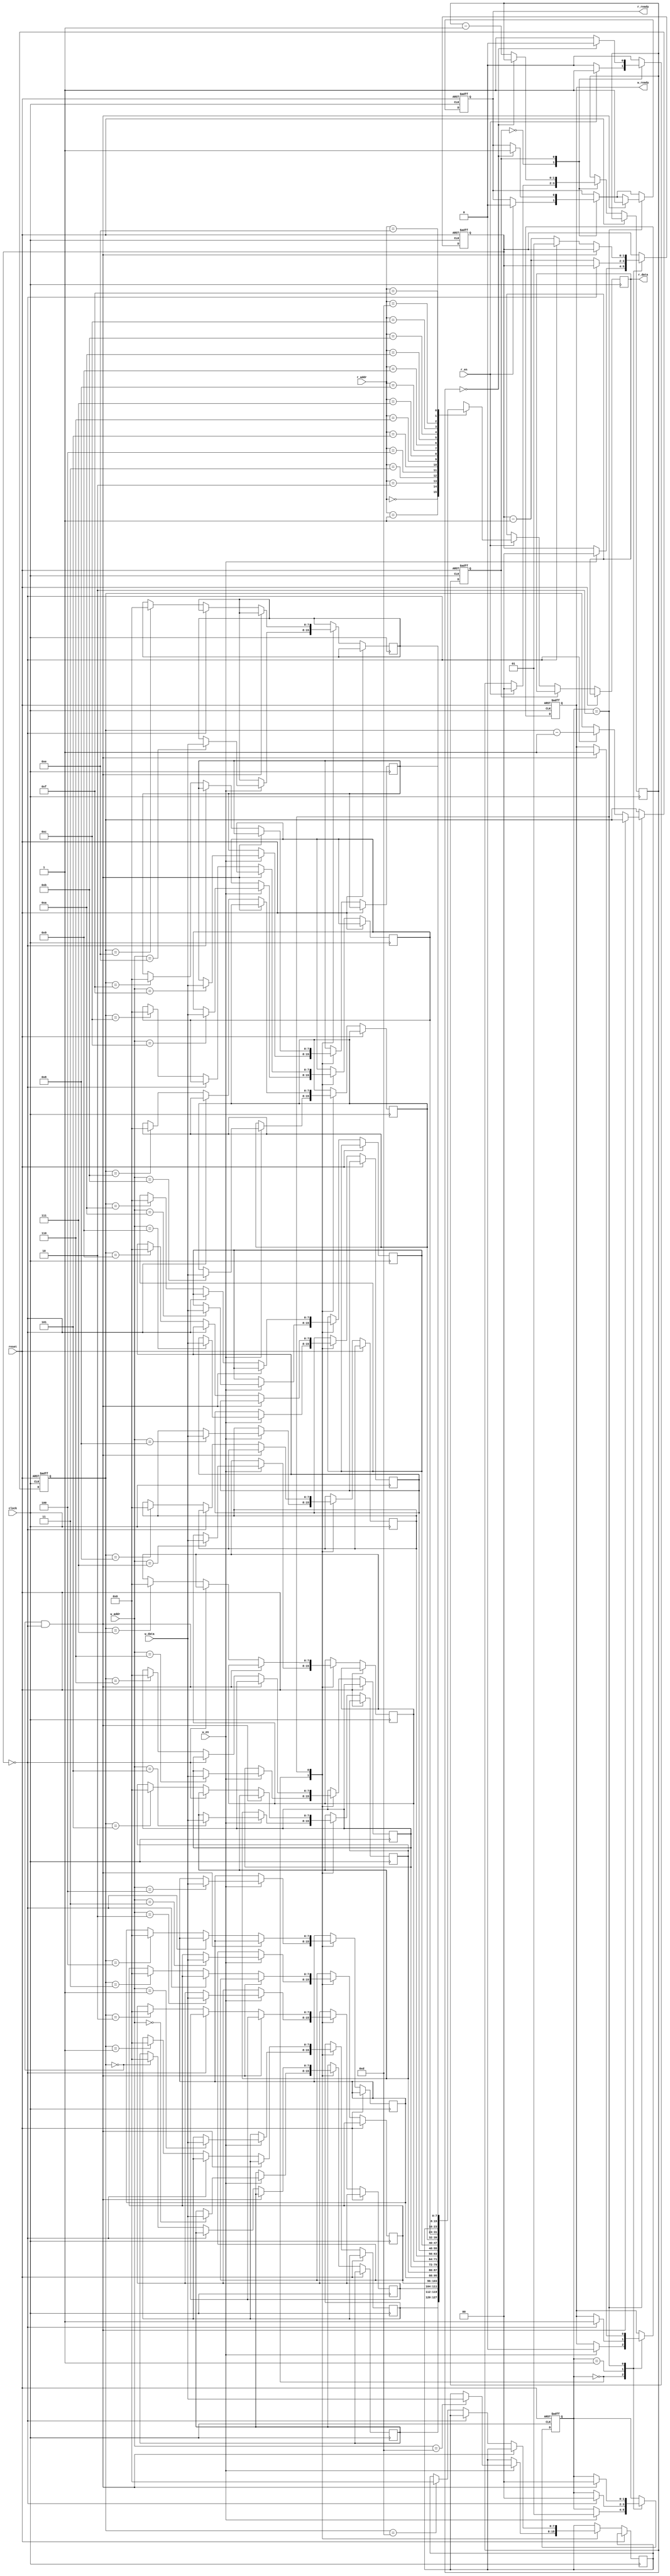
module memory #(
    parameter WORD_SIZE = 8,
    parameter WORD_INIT = 8'b0,
    parameter ADDRESS_SIZE = 4,
    parameter MEMORY_QTY = 16,
    parameter WAIT_SIZE = 2,
    parameter READ_WAIT = 0,
    parameter WRITE_WAIT = 0
) (
    //Inputs
    input clock,
    input w_en,
    input r_en,
    input reset,
    input [ADDRESS_SIZE-1:0] w_addr,
    input [ADDRESS_SIZE-1:0] r_addr,
    input [WORD_SIZE-1:0] w_data,
    //Outputs
    output reg [WORD_SIZE-1:0] r_data,
    output reg r_ready,
    output reg w_ready
);
    // Local Parameters
    localparam OFF = 1'b0;
    localparam ON = 1'b1;

    //Memory Timing
    //Read/Write Timing State Machines
    localparam WAIT = 1'b0;
    localparam READ = 1'b1;
    localparam WRITE = 2'b01;
    localparam INIT = 2'b10;
    reg [WAIT_SIZE-1:0] r_delay;
    reg [WAIT_SIZE-1:0] w_delay;
    reg r_state = WAIT;
    reg [1:0] w_state = WAIT;

    //Allocate memory and timing registers
    reg [WORD_SIZE-1:0] mem [0:MEMORY_QTY-1];
    reg [ADDRESS_SIZE-1:0] counter;

    always @ (negedge clock or posedge reset) begin
        if (reset) begin
            w_state <= INIT;
            r_state <= WAIT;
            r_ready <= OFF;
            w_ready <= OFF;
            counter <= MEMORY_QTY - 1;
            w_delay <= WRITE_WAIT + 1;
        end else begin
            case (r_state)
            WAIT:
                if (r_en) begin
                    r_state <= READ;
                    r_delay <= READ_WAIT;
                    r_ready <= OFF;
                    r_data <= mem[r_addr];
                end
            READ:
                if (r_delay==0) begin
                    r_ready <= ON;
                    r_state <= WAIT;
                end else begin
                    r_delay <= r_delay - 1;
                end
            endcase
            case (w_state)
            WAIT:
                if (w_en) begin
                    w_state <= WRITE;
                    w_delay <= WRITE_WAIT;
                    w_ready <= OFF;
                    mem[w_addr] <= w_data;
                end
            WRITE:
                if (w_delay==0) begin
                    w_ready <= ON;
                    w_state <= WAIT;
                end else begin
                    w_delay <= w_delay - 1;
                end
            INIT:
                if (counter==0 & w_delay==0) begin
                    w_state <= WAIT;
                    r_ready <= ON;
                    w_ready <= ON;
                end else if (w_delay==0) begin
                    counter <=counter - 1;
                    w_delay <= WRITE_WAIT + 1;
                end else begin
                    mem[counter] <= WORD_INIT;
                    w_delay <= w_delay - 1;
                end
            endcase
        end
    end
endmodule